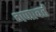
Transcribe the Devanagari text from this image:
गणावर्त